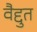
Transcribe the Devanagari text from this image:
वैद्दुत